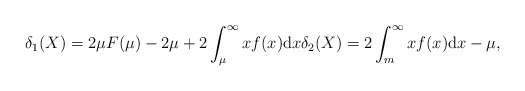
\begin{gather*}\delta_1(X)=2\mu F(\mu) - 2\mu + 2\int_{\mu}^{\infty}x f(x)\mathrm{d}x\delta_2(X)=2\int_{m}^{\infty}x f(x) \mathrm{d}x - \mu,\end{gather*}